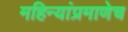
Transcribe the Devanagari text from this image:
महिन्यांप्रमाणेच